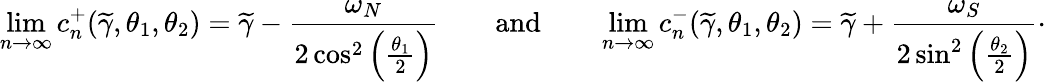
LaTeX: \operatorname*{lim}_{n\to\infty}c_{n}^{+}(\widetilde{\gamma},\theta_{1},\theta_{2})=\widetilde{\gamma}-\frac{\omega_{N}}{2\cos^{2}\left(\frac{\theta_{1}}{2}\right)}\qquad\textnormal{and}\qquad\operatorname*{lim}_{n\to\infty}c_{n}^{-}(\widetilde{\gamma},\theta_{1},\theta_{2})=\widetilde{\gamma}+\frac{\omega_{S}}{2\sin^{2}\left(\frac{\theta_{2}}{2}\right)}\cdot